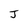
Character: J